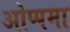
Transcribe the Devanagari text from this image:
ओप्पमा